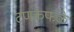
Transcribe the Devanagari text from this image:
टणकफळे